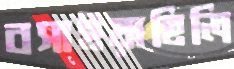
বসাইয়াছিলি